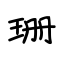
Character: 珊